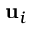
\mathbf { u } _ { i }